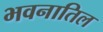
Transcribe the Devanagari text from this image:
भवनातिल